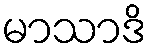
မာသာဒိ